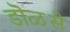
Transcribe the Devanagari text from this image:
डॊळसे